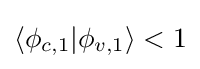
\langle \phi _{c,1}|\phi _{v,1}\rangle <1